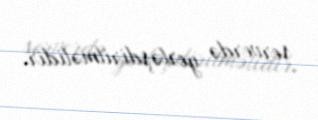
serverdə yerləşdirilməlidir.